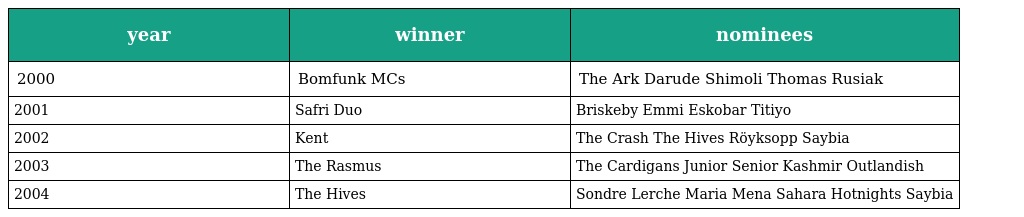
| year | winner | nominees |
 | --- | --- | --- |
 | 2000 | Bomfunk MCs | The Ark Darude Shimoli Thomas Rusiak |
 | 2001 | Safri Duo | Briskeby Emmi Eskobar Titiyo |
 | 2002 | Kent | The Crash The Hives Röyksopp Saybia |
 | 2003 | The Rasmus | The Cardigans Junior Senior Kashmir Outlandish |
 | 2004 | The Hives | Sondre Lerche Maria Mena Sahara Hotnights Saybia |